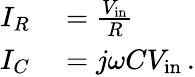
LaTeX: \begin{array}{rl}{I_{R}}&{{}={\frac{V_{\mathrm{in}}}{R}}}\\ {I_{C}}&{{}=j\omega CV_{\mathrm{in}}\, .}\end{array}